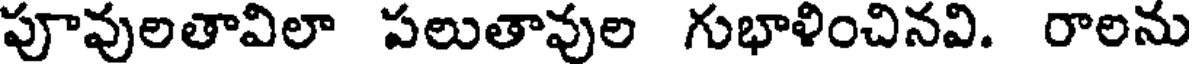
పూవులతావిలా పలుతావుల గుభాళించినవి. రాలను